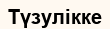
Түзулікке